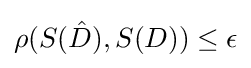
\rho (S({\hat {D}}),S(D))\leq \epsilon